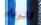
الرداء